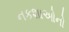
નકશાઓનો